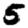
Digit: 5